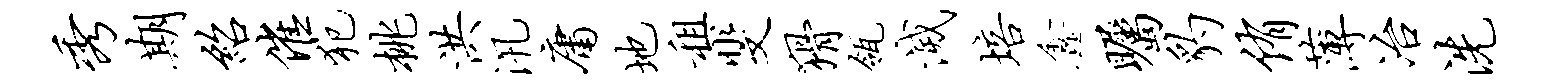
秀期绍催犯桃洪汛庸地租斐猾瓴灭培鑫瞩豹侑薄冶洗